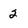
Character: 2